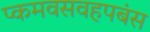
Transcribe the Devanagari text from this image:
प्कमवसवहपबंस